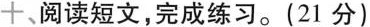
十、阅读短文，完成练习。(21分)